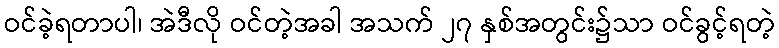
ဝင်ခဲ့ရတာပါ၊ အဲဒီလို ဝင်တဲ့အခါ အသက် ၂၇ နှစ်အတွင်း၌သာ ဝင်ခွင့်ရတဲ့